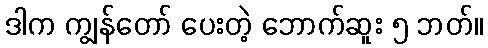
ဒါက ကျွန်တော် ပေးတဲ့ ဘောက်ဆူး ၅ ဘတ်။